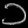
Digit: ၁